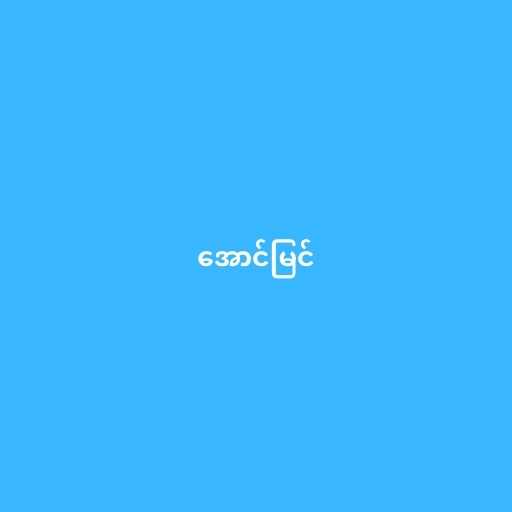
အောင်မြင်